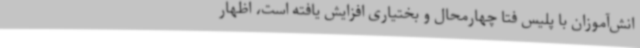
انش‌آموزان با پلیس فتا چهارمحال و بختیاری افزایش یافته است، اظهار